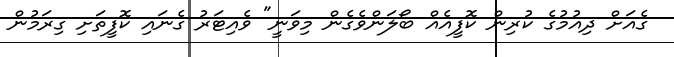
ގެއަށް ދިއުމުގެ ކުރިން ކޮފީއެއް ބޯލަންވެގެން މިވަނީ" ވެއިޓަރު ގެނައި ކޮފީތަށި ގިރަމުން